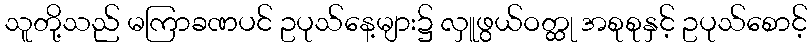
သူတို့သည် မကြာခဏပင် ဥပုသ်နေ့များ၌ လှူဖွယ်ဝတ္ထု အစုစုနှင့် ဥပုသ်စောင့်